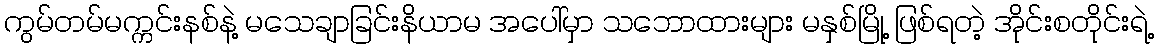
ကွမ်တမ်မက္ကင်းနစ်နဲ့ မသေချာခြင်းနိယာမ အပေါ်မှာ သဘောထားများ မနှစ်မြို့ ဖြစ်ရတဲ့ အိုင်းစတိုင်းရဲ့